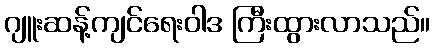
ဂျူးဆန့်ကျင်ရေးဝါဒ ကြီးထွားလာသည်။